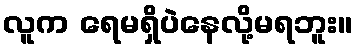
လူက ရေမရှိပဲနေလို့မရဘူး။